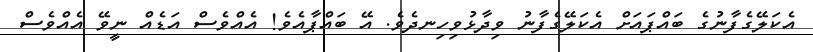
އެކަލޭގެފާނުގެ ބައްޕައަށް އެކަލޭގެފާނު ވިދާޅުވިހިނދެވެ. އޭ ބައްޕާއެވެ! އެއްވެސް އަޑެއް ނީވޭ އެއްވެސް